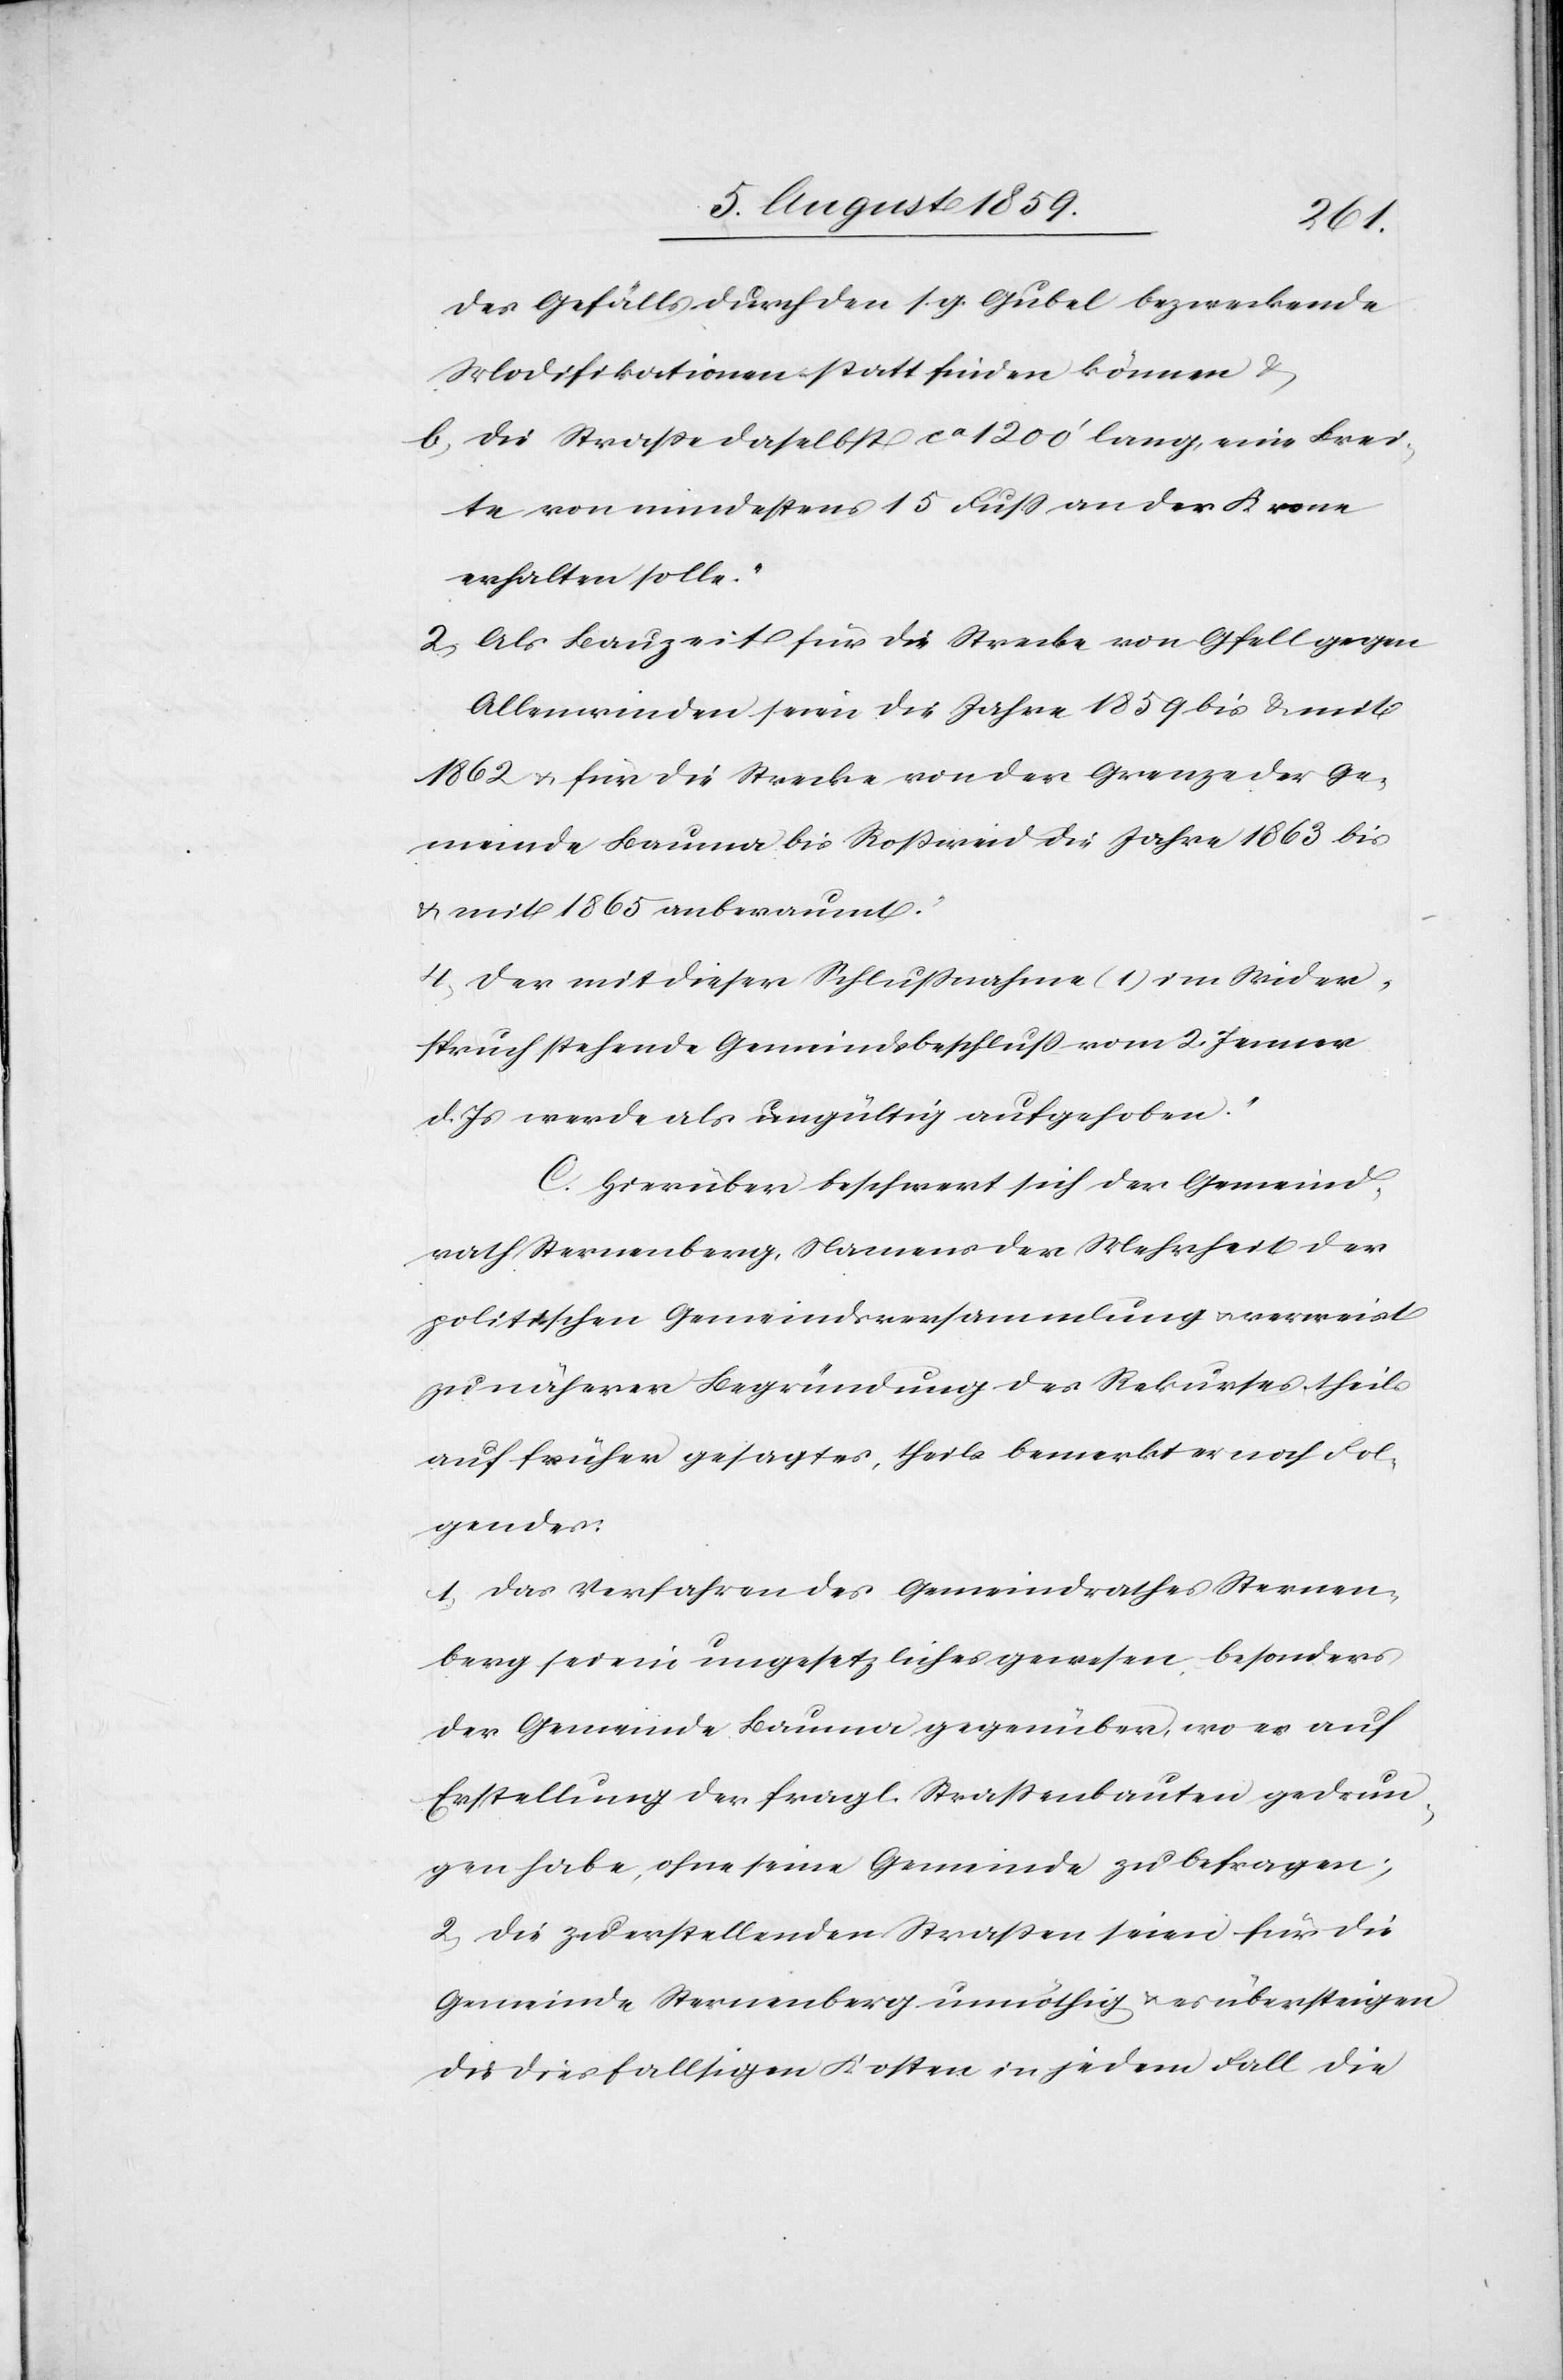
4.
des Gefälls durch den s. g. Gubel bezweckende
Modifikationen statt finden können u.
b. die Straße daselbst ca. 1200’ lang, eine Brei¬
te von mindestens 15 Fuß an der Krone
erhalten solle.
2. Als Bauzeit für die Strecke von Gfell gegen
Allenwinden sowie die Jahre 1859 bis u. mit
1862 u. für die Strecke von der Grenze der Ge¬
meinde Bauma bis Roßweid die Jahre 1863 bis
u. mit 1865 anberaumt.
Der mit dieser Schlußnahme (1) im Wider¬
spruch stehende Gemeindsbeschluß vom 2. Jenner
d. Js. werde als ungültig aufgehoben.“
C. Hierüber beschwert sich der Gemeind¬
rath Sternenberg, Namens der Mehrheit der
politischen Gemeindsversammlung u. verweist
zu näherer Begründung des Rekurses theils
auf früher gesagtes, theils bemerkt er noch Fol¬
gendes:
1. Das Verfahren des Gemeindrathes Sternen¬
berg sei nie ungesetzliches gewesen, besonders
der Gemeinde Bauma gegenüber, wo es auf
Erstellung der fragl. Straßenbauten gedrun¬
gen habe, ohne seine Gemeinde zu befragen;
2. Die zu erstellenden Straßen seien für die
Gemeinde Sternenberg unnöthig u. es übersteigen
die diesfallsigen Kosten in jedem Fall die